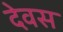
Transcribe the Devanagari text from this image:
देवस